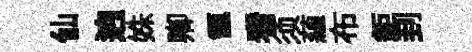
仙逈姝卿甑看须蘊布鉅刲